King Institute of Preventive Medicine Micro-Biological Section reports 1912-19
Year: 1912
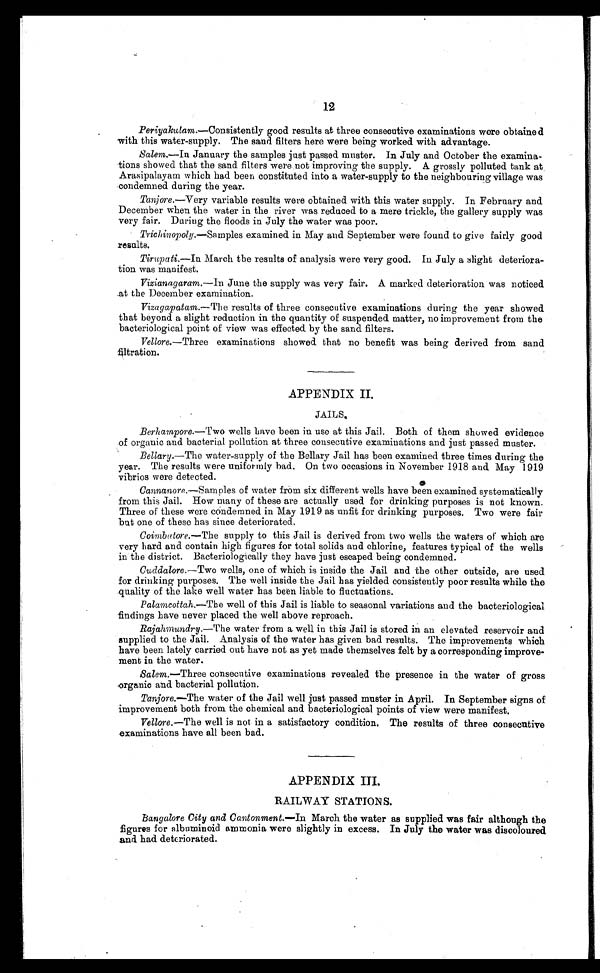
12
Periyakulam. —Consistently good results at three consecutive examinations were obtained
with this water-supply. The sand filters here were being worked with advantage.
Salem.—In January the samples just passed muster. In July and October the examina-
tions showed that the sand filters were not improving the supply. A grossly polluted tank at
Arasipalayam which had been constituted into a water-supply to the neighbouring village was
condemned during the year.
Tanjore.—Very variable results were obtained with this water supply. In February and
December when the water in the river was reduced to a mere trickle, the gallery supply was
very fair. During the floods in July the water was poor.
Trichinopoly.—Samples examined in May and September were found to give fairly good
results.
Tirupati. —In March the results of analysis were very good. In July a s light deteriora-
tion was manifest.
Vizianagaram. —In June the supply was very fair. A marked deterioration was noticed
at the December examination.
Vizagapatam. —The results of three consecutive examinations during the year showed
that beyond a slight reduction in the quantity of suspended matter, no improvement from the
bacteriological point of view was effected by the sand filters.
Vellore.—Three examinations showed that no benefit was being derived from sand
filtration.
APPENDIX II.
Berhampore. —Two wells have been in use at this Jail. Both of them showed evidence
of organic and bacterial pollution at three consecutive examinations and just passed muster.
Bellary. —The water-supply of the Bellary Jail has been examined three times during the
year. The results were uniformly bad. On two occasions in November 1918 and May 1919
vibrios were detected.
Cannanore.—Samples of water from six different wells have been examined systematically
from this Jail. How many of these are actually used for drinking purposes is not known.
Three of these were condemned in May 1919 as unfit for drinking purposes. Two were fair
but one of these has since deteriorated.
Coimbatore. —The supply to this Jail is derived from two wells the waters of which are
very bard and contain high figures for total solids and chlorine, features typical of the wells
in the district. Bacteriologically they have just escaped being condemned.
Cuddalore. —Two wells, one of which is inside the Jail and the other outside, are used
for drinking purposes. The well inside the Jail has yielded consistently poor results while the
quality of the lake well water has been liable to fluctuations.
Palamcottah.—The well of this Jail is liable to seasonal variations and the bacteriological
findings have never placed the well above reproach.
Rajahmundry.—The water from a well in this Jail is stored in an elevated reservoir and
supplied to the Jail. Analysis of the water has given bad results. The improvements which
have been lately carried out have not as yet made themselves felt by a corresponding improve-
ment in the water.
Salem. —Three consecutive examinations revealed the presence in the water of gross
organic and bacterial pollution.
Tanjore. —The water of the Jail well just passed muster in April. In September signs of
improvement both from the chemical and bacteriological points of view were manifest.
Vellore. —The well is not in a satisfactory condition. The results of three consecutive
examinations have all been bad.
APPENDIX III.
RAILWAY STATIONS.
Bangalore City and Cantonment.—In March the water as supplied was fair although the
figures for albuminoid ammonia were slightly in excess. In July the water was discoloured
and had deteriorated.